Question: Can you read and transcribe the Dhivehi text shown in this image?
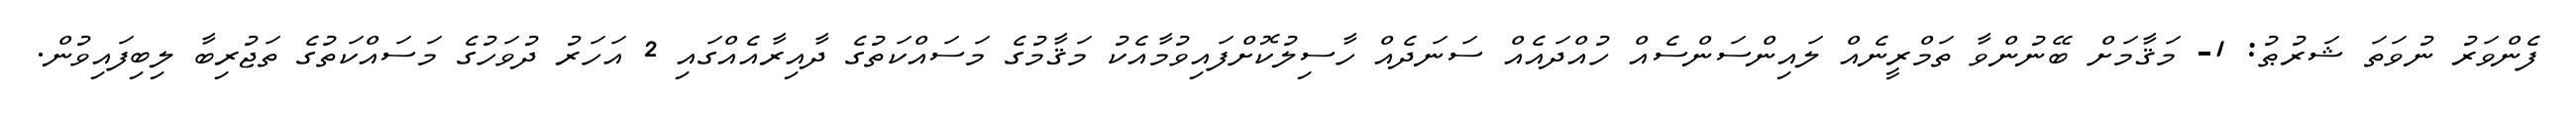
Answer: ފެންވަރު ނުވަތަ ޝަރުޠު: 1- މަޤާމަށް ބޭނުންވާ ތަމްރީނެއް ލައިންސަންސެއް ހުއްދައެއް ސަނަދެއް ހާސިލުކޮށްފައިވުމާއެކު މަޤާމުގެ މަސައްކަތުގެ ދާއިރާއެއްގައި 2 އަހަރު ދުވަހުގެ މަސައްކަތުގެ ތަޖުރިބާ ލިބިފައިވުން.